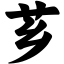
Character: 芗